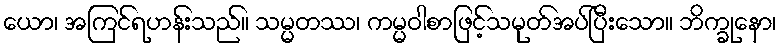
ယော၊ အကြင်ရဟန်းသည်။ သမ္မတဿ၊ ကမ္မဝါစာဖြင့်သမုတ်အပ်ပြီးသော။ ဘိက္ခုနော၊